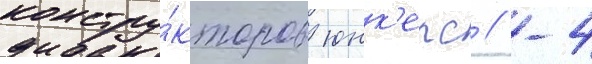
констру́кторов юнк'ерс // -4